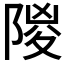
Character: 𨺡